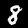
Digit: 8